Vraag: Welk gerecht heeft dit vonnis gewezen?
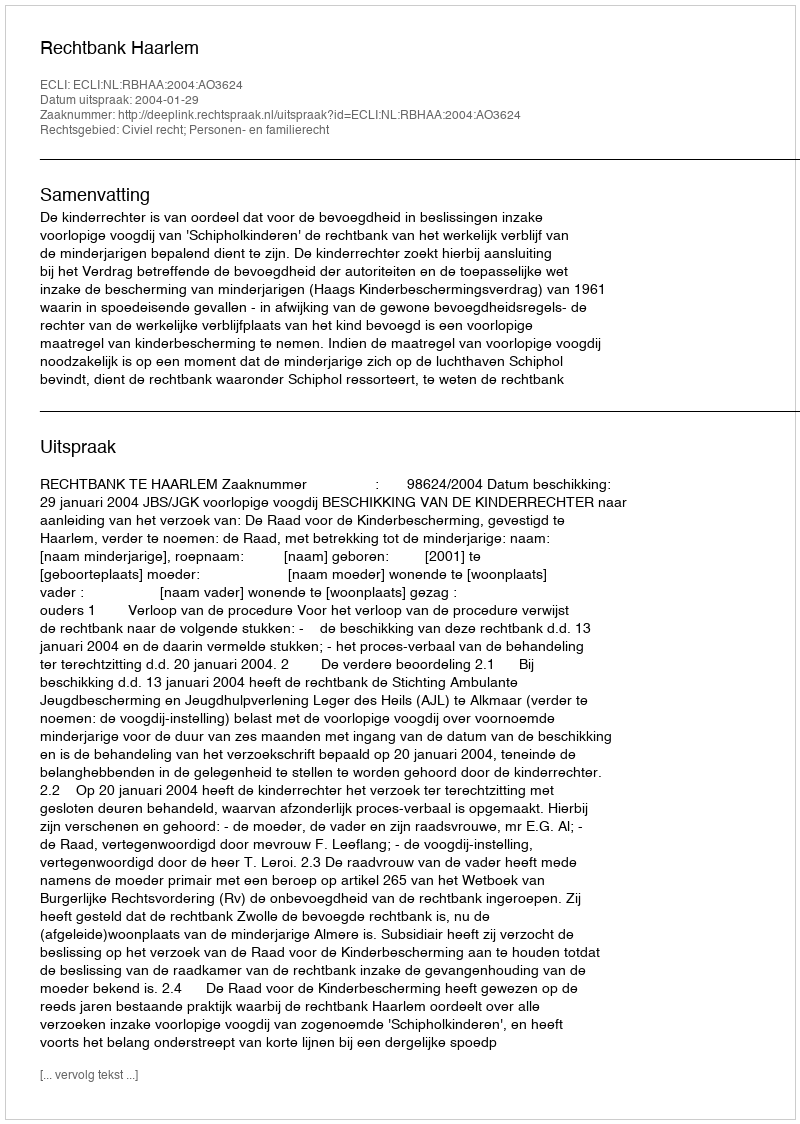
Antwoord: Rechtbank Haarlem